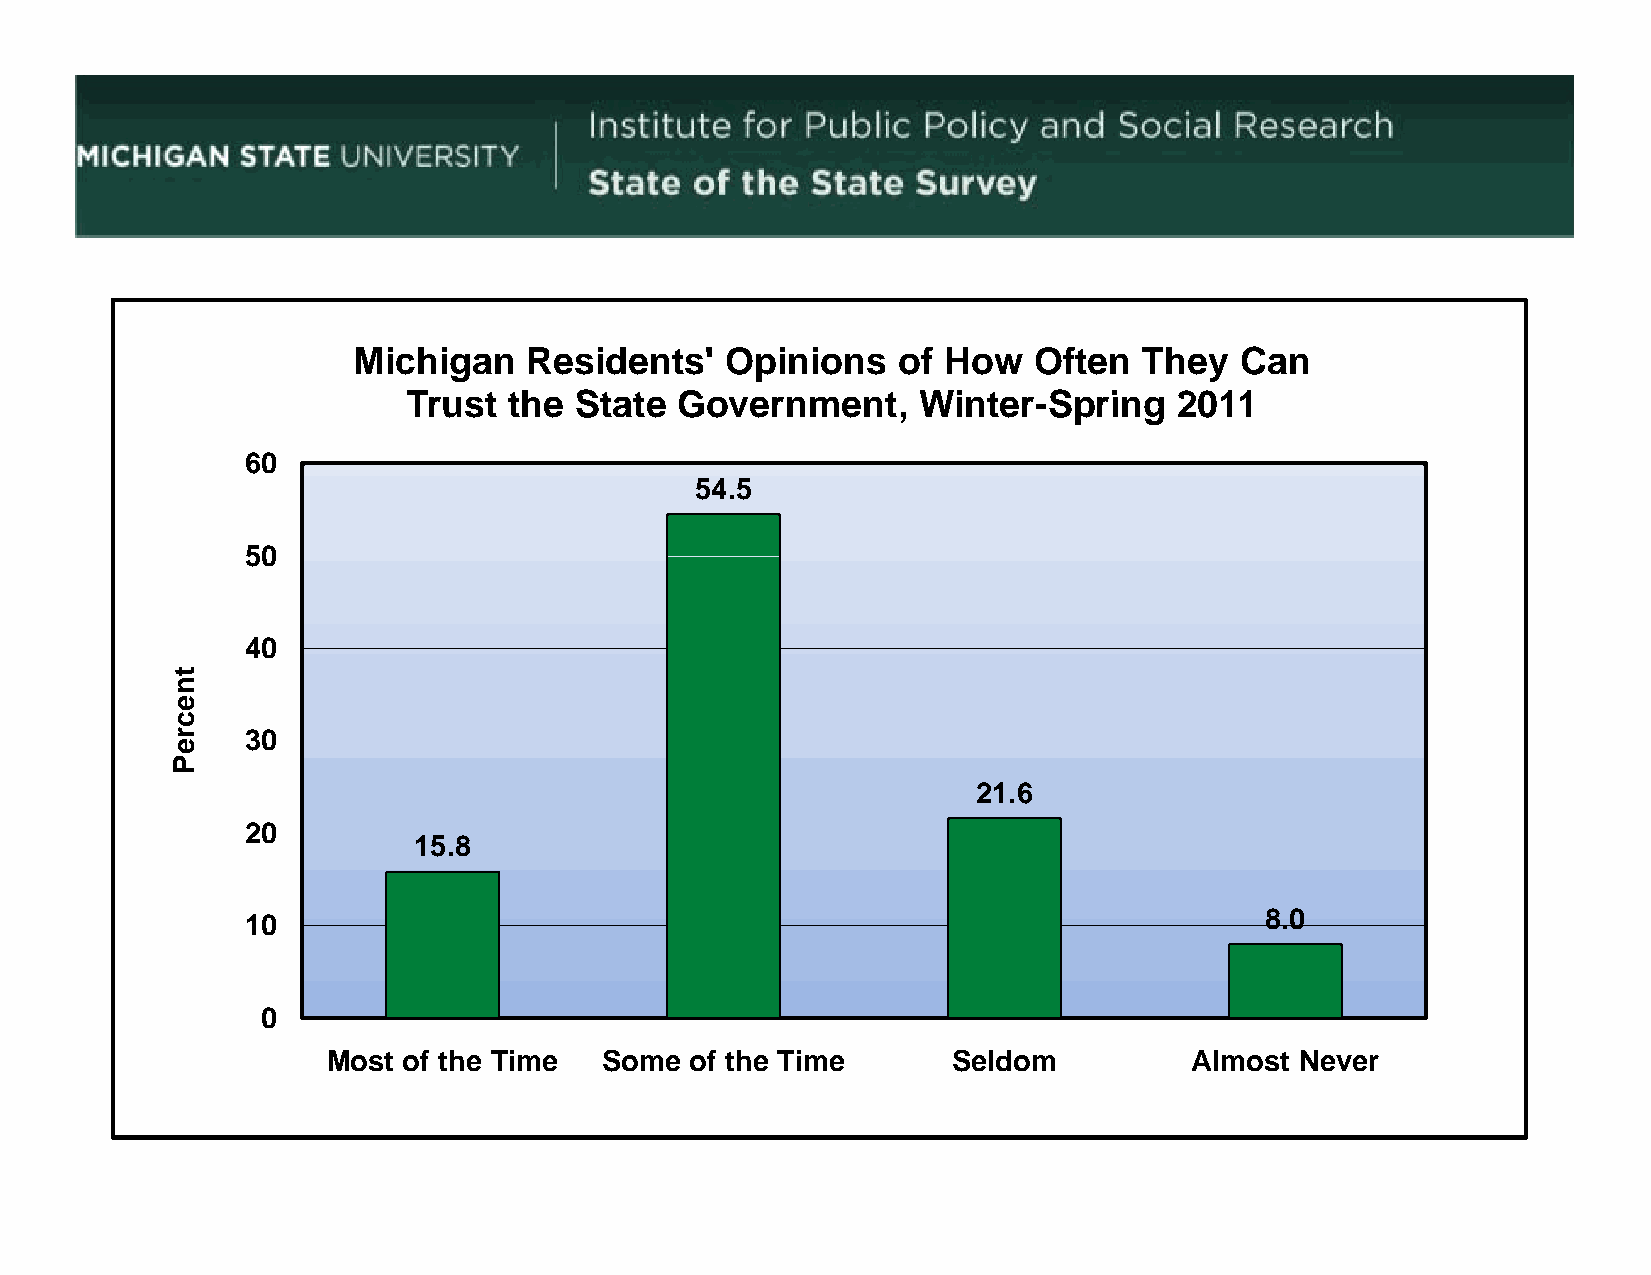
Michigan    Residents'   Opinions   of How   Often   They  Can
 TTrustt tthhe SSttatte GGovernmentt, WWiintter-SSpriing 22001111
 60
 54.5
 5500
 40
 30
 21.6
 20
 15.8
 8.0
 10
 0
 Most of the Time  Some  of the Time      Seldom          Almost Never
 tneccreP